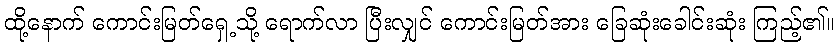
ထို့နောက် ကောင်းမြတ်ရှေ့သို့ ရောက်လာ ပြီးလျှင် ကောင်းမြတ်အား ခြေဆုံးခေါင်းဆုံး ကြည့်၏။